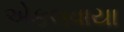
એકલવાયા